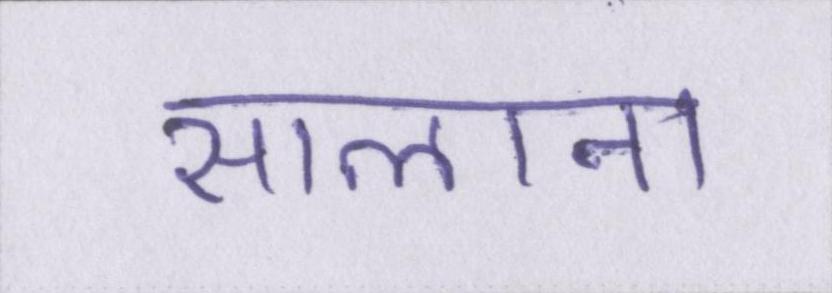
सालाना